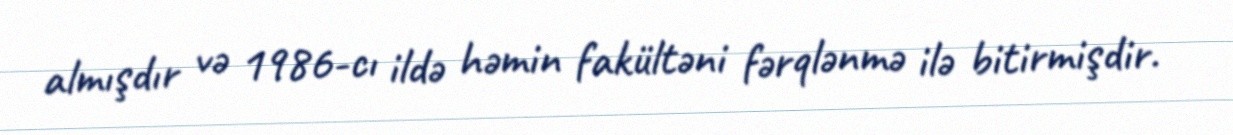
almışdır və 1986-cı ildə həmin fakültəni fərqlənmə ilə bitirmişdir.